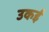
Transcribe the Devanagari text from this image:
उकई